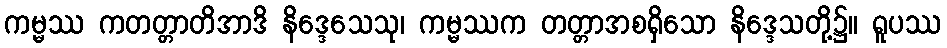
ကမ္မဿ ကတတ္တာတိအာဒိ နိဒ္ဒေသေသု၊ ကမ္မဿက တတ္တာအစရှိသော နိဒ္ဒေသတို့၌။ ရူပဿ